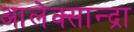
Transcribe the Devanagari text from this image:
आलेक्सान्द्रा